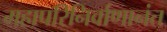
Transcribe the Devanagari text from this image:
महापरिनिर्वाणानंत